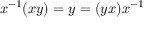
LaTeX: x ^ { - 1 } ( x y ) = y = ( y x ) x ^ { - 1 }